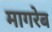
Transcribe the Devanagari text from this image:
मागरेब